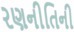
રણનીતિની